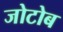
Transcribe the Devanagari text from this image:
जोटोब